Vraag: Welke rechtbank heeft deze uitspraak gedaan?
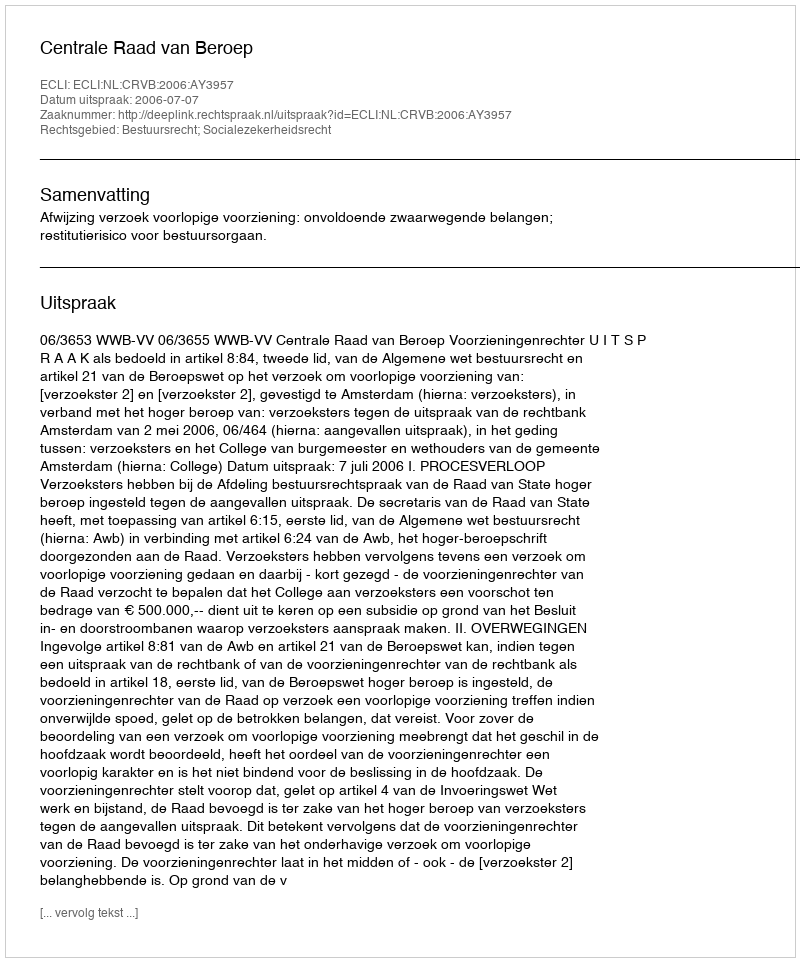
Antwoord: Centrale Raad van Beroep